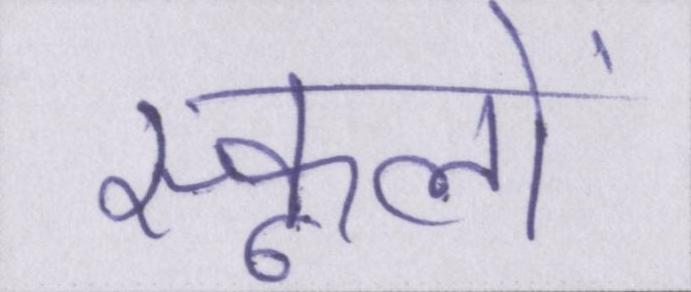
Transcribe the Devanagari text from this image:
स्कूलों